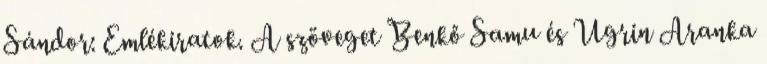
Sándor: Emlékiratok. A szöveget Benkő Samu és Ugrin Aranka